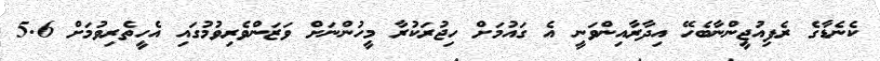
ކެނެޑާގެ ރެފިއުޖީންނާބެހޭ އިދާރާއިންވަނީ އެ ގައުމަށް ހިޖުރަކުރާ މީހުންނަށް ވަޒަންވެރިވުމުގައި އެހީތެރިވުމަށް 5.6